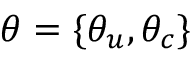
\theta = \{ \theta _ { u } , \theta _ { c } \}